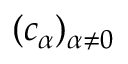
( c _ { \alpha } ) _ { \alpha \neq 0 }